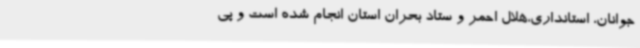
جوانان، استانداری،هلال احمر و ستاد بحران استان انجام شده است و پی